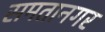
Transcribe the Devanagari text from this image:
समतानगर